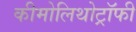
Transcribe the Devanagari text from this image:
कीमोलिथोट्रॉफी